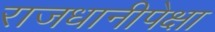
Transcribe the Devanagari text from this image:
राजधानीपेक्षा